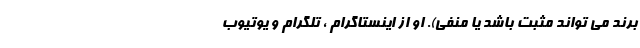
برند می تواند مثبت باشد یا منفی). او از اینستاگرام ، تلگرام و یوتیوب